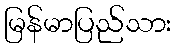
မြန်မာပြည်သား